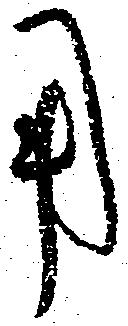
用